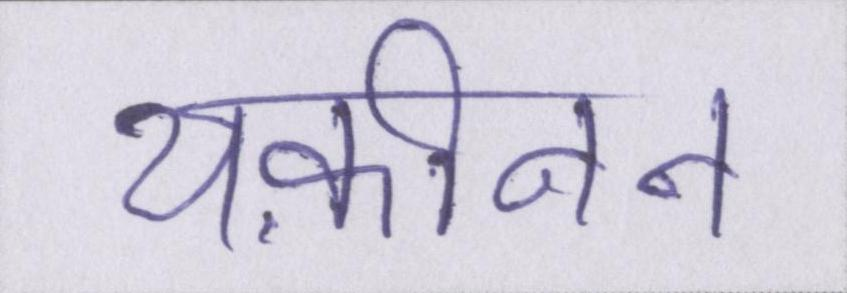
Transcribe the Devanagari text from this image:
यक़ीनन